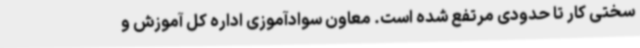
سختی کار تا حدودی مرتفع شده است. معاون سوادآموزی اداره کل آموزش و